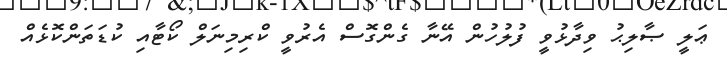
ޢަލީ ޞާލިޙު ވިދާޅުވީ ފުލުހުން އޭނާ ގެންގޮސް އެރުވީ ކްރިމިނަލް ކޯޓާއި ކުޑަތަންކޮޅެއް